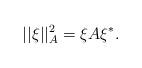
LaTeX: \begin{align*}||\xi||_A^2=\xi A\xi^*.\end{align*}